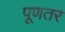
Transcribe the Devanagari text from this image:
पूणतर